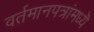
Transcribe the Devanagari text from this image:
वर्तमानपत्रांमध्यॆ